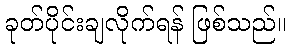
ခုတ်ပိုင်းချလိုက်ရန် ဖြစ်သည်။